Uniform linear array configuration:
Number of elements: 32
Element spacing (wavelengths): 0.5
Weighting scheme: hann
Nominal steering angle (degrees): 30
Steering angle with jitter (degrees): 29.869
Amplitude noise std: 0.05
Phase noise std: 0.05

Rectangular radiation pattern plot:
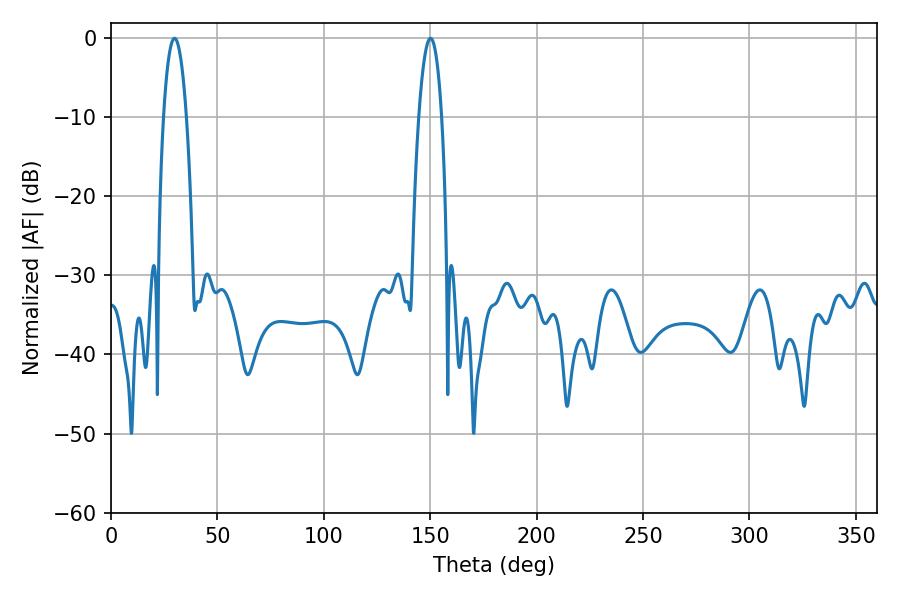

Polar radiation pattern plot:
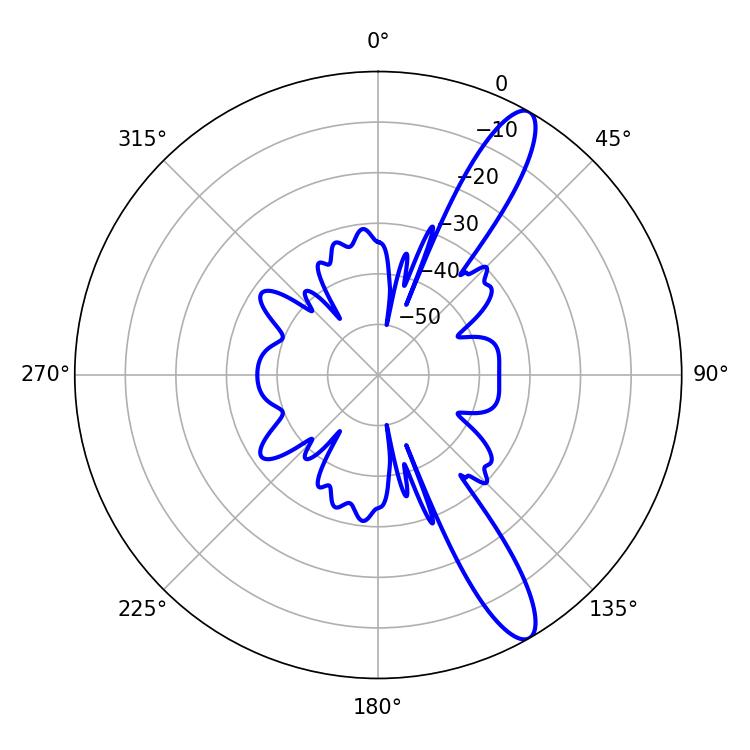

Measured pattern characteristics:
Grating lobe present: FALSE
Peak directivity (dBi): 12.523
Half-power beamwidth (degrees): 5.94
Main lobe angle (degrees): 29.88